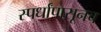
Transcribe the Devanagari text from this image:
स्पर्धांपासूनच